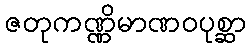
ဇတုကဏ္ဏိမာဏဝပုစ္ဆာ